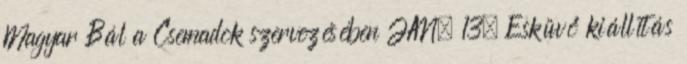
Magyar Bál a Csemadok szervezésében JAN. 13. Esküvő kiállítás